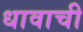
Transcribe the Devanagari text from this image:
धावाची